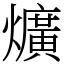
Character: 爌